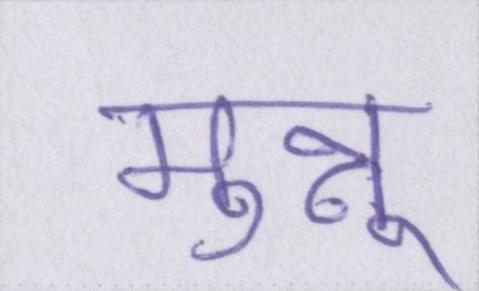
मुन्नू